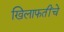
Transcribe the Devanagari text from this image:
खिलाफतींचे